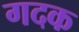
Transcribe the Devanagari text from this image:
गदक